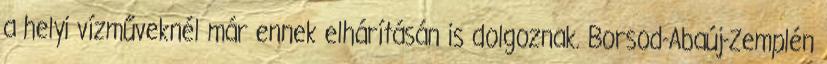
a helyi vízműveknél már ennek elhárításán is dolgoznak. Borsod-Abaúj-Zemplén